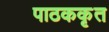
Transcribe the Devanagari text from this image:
पाठककृत